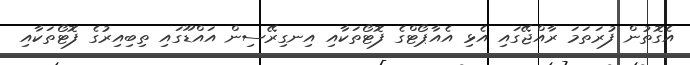
އެގޮތުން ފުރަތަމަ ރާއްޖޭގައި އެޅި އެއާޕޯޓްގެ ފޮޓޯތަކާއި އިނގިރޭސިން އައްޑޫގައި ތިބިއިރުގެ ފޮޓޯތަކާއި